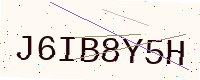
Text: J6IB8Y5H